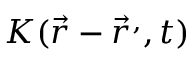
K ( { \vec { r } } - { \vec { r } } ^ { , } , t )